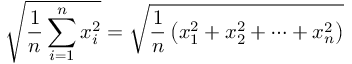
{ \sqrt { { \frac { 1 } { n } } \sum _ { i = 1 } ^ { n } x _ { i } ^ { 2 } } } = { \sqrt { { \frac { 1 } { n } } \left( x _ { 1 } ^ { 2 } + x _ { 2 } ^ { 2 } + \cdots + x _ { n } ^ { 2 } \right) } }